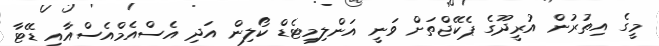
މީގެ އިތުރުން އުރީދޫގެ ޕެކޭޖްތަށް ވަނީ އަންލިމިޓެޑް ކޯލިން އަދި އެސްއެމްއެސްއާއި ޑޭޓާ